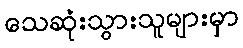
သေဆုံးသွားသူများမှာ